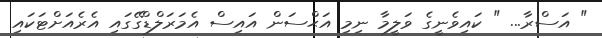
" އަސްރާ... " ކައިވެނީގެ ވަލީމާ ނިމި އަޙްސަން އައިސް އެމަރަލްޑްގޭގައި އެރެއަށްޓަކައި